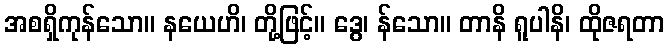
အစရှိကုန်သော။ နယေဟိ၊ တို့ဖြင့်။ ဒွေ၊ န်သော။ တာနိ ရူပါနိ၊ ထိုဇရတာ